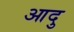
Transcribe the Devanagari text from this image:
आदु